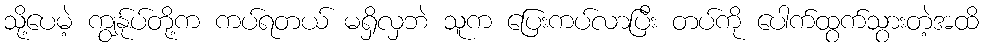
သို့ပေမဲ့ ကျွန်ုပ်တို့က ကပ်ရတယ် မရှိလှဘဲ သူက ပြေးကပ်လာပြီး တပ်ကို ပေါက်ထွက်သွားတဲ့အထိ